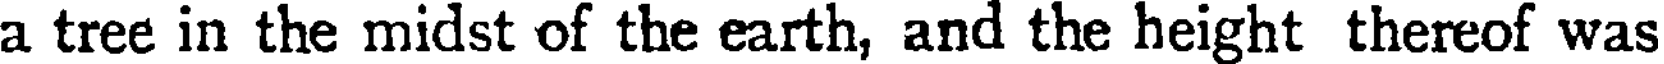
a tree in the midst of the earth, and the height thereof was